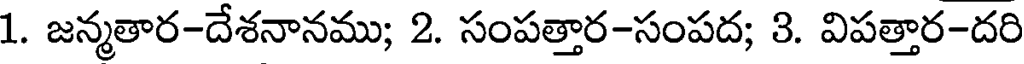
1. జన్మతార-దేశనానము; 2. సంపత్తార-సంపద; 3. విపత్తార-దరి